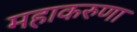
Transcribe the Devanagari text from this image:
महाकरुणा